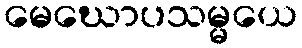
မေဃောပသမ္မယေ